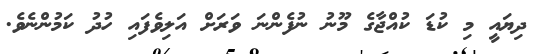
ދިޔައީ މި ކުޑަ ކުއްޖާގެ މޫނު ނުފެންނަ ވަރަށް އަލިވެފައި ހުދު ކަމުންނެވެ.